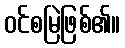
ဝင်စမြဲဖြစ်၏။